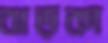
ঝড়কা